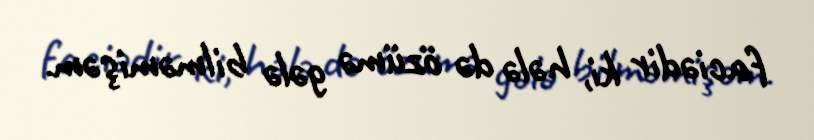
faciədir ki, hələ də özümə gələ bilməmişəm.